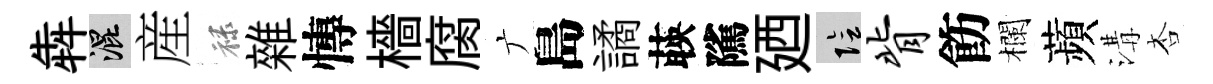
犇混産禄雜慱檣腐广島譎𦴤隲廼隂背飭欄蘋溝杏